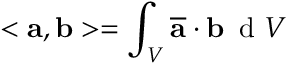
< \mathbf { a } , \mathbf { b } > = \int _ { V } ^ { } \overline { { \mathbf { a } } } \cdot \mathbf { b } \, \mathrm { ~ d ~ } V